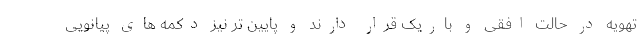
تهویه در حالت افقی و باریک قرار دارند و پایین تر نیز دکمه های پیانویی